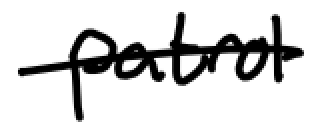
Text: patrol
Cross-out: single-line
Writing tool: digital_black